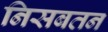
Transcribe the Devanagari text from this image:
निसबतन